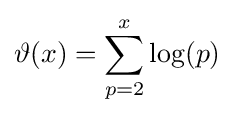
\vartheta (x)=\sum _{p=2}^{x}\log(p)